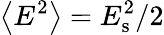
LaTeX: \left\langle E^{2}\right\rangle={E_{\mathrm{s}}^{2}}/{2}